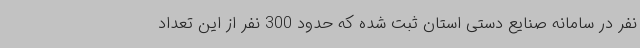
نفر در سامانه صنایع دستی استان ثبت شده که حدود 300 نفر از این تعداد